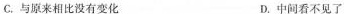
C.与原来相比没有变化 D.中间看不见了